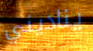
يناديني